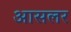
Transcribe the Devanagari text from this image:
आसलर